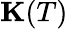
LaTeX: \mathbf K(T)